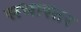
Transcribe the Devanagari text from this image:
सभास्तर